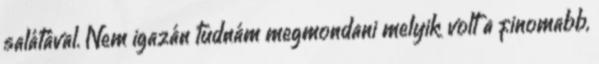
salátával. Nem igazán tudnám megmondani melyik volt a finomabb,